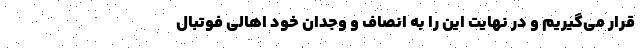
قرار می‌گیریم و در نهایت این را به انصاف و وجدان خود اهالی فوتبال